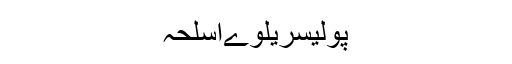
پولیسریلوےاسلحہ